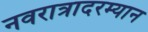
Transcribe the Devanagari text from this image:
नवरात्रादरम्यान